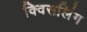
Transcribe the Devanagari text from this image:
क्विसलिंग